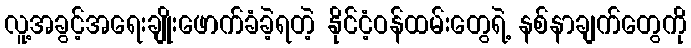
လူ့အခွင့်အရေးချိုးဖောက်ခံခဲ့ရတဲ့ နိုင်ငံ့ဝန်ထမ်းတွေရဲ့ နစ်နာချက်တွေကို